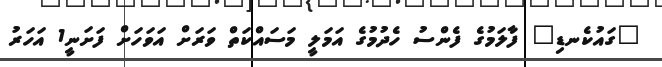
"ގައުކެނޑި" ފާލަމުގެ ފެންސު ހެދުމުގެ އަމަލީ މަސައްކަތް ވަރަށް އަވަހަށް ފަށަނީ1 އަހަރު